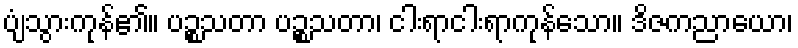
ပျံသွားကုန်၏။ ပဉ္စသတာ ပဉ္စသတာ၊ ငါးရာငါးရာကုန်သော။ ဒိဇကညာယော၊